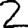
Digit: 2